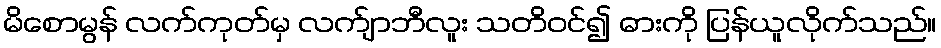
မိစောမွန် လက်ကုတ်မှ လက်ျာဘီလူး သတိဝင်၍ ဓားကို ပြန်ယူလိုက်သည်။